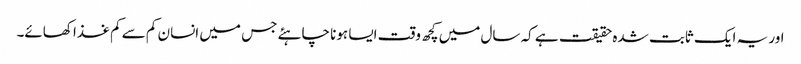
اور یہ ایک ثابت شدہ حقیقت ہے کہ سال میں کچھ وقت ایسا ہونا چاہئے جس میں انسان کم سے کم غذا کھائے۔